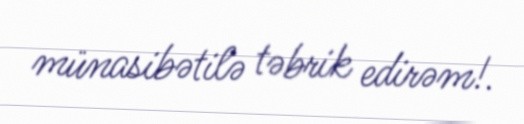
münasibətilə təbrik edirəm!.